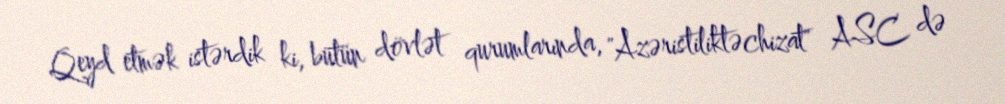
Qeyd etmək istərdik ki, bütün dövlət qurumlarında, "Azəristiliktəchizat" ASC də